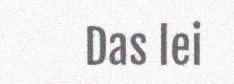
Das lei